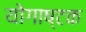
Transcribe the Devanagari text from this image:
योगाष्टक